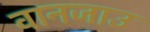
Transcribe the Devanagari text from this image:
वानजाउ